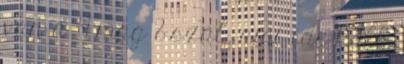
van a 4 mag 8 szál, ami ide kell.